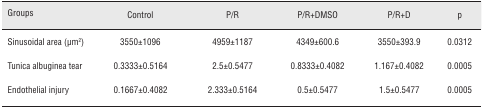
<table><thead><tr><td><b>Groups</b></td><td><b>Control</b></td><td><b>P/R</b></td><td><b>P/R+DMSO</b></td><td><b>P/R+D</b></td><td><b>p</b></td></tr></thead><tbody><tr><td>Sinusoidal area (μm<sup>2</sup>)</td><td>3550±1096</td><td>4959±1187</td><td>4349±600.6</td><td>3550±393.9</td><td>0.0312</td></tr><tr><td>Tunica albuginea tear</td><td>0.3333±0.5164</td><td>2.5±0.5477</td><td>0.8333±0.4082</td><td>1.167±0.4082</td><td>0.0005</td></tr><tr><td>Endothelial injury</td><td>0.1667±0.4082</td><td>2.333±0.5164</td><td>0.5±0.5477</td><td>1.5±0.5477</td><td>0.0005</td></tr></tbody></table>